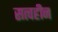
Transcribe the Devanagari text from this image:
सत्वहीन